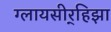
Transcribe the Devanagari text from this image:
ग्लायसीर्‍हिझा